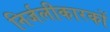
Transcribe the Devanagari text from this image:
निर्जलीकारकों